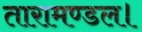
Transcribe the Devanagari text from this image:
तारामण्डल।